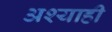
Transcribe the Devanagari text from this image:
अश्याही